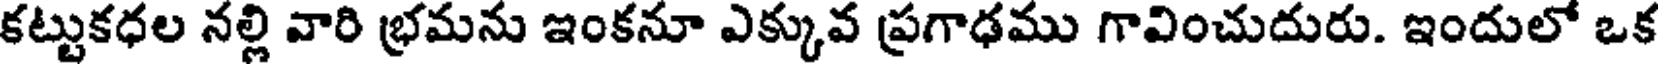
కట్టుకధల నల్లి వారి భ్రమను ఇంకనూ ఎక్కువ ప్రగాఢము గావించుదురు. ఇందులో ఒక